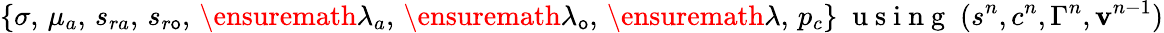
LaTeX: \{ \sigma,\, \mu_{a},\, s_{ra},\, s_{r\mathsf{o}},\, \ensuremath{{\lambda}}_{a},\, \ensuremath{{\lambda}}_{\mathsf{o}},\, \ensuremath{{\lambda}},\, p_{c}\} \; \mathrm{{~u~s~i~n~g~}}\; (s^{n},c^{n},\Gamma^{n},{\mathbf{v}}^{n-1})